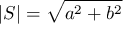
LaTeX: \vert S \vert = { \sqrt { a ^ { 2 } + b ^ { 2 } } }